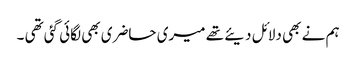
ہم نے بھی دلائل دیئے تھے میری حاضری بھی لگائی گئی تھی ۔